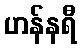
ဟန်နရီ